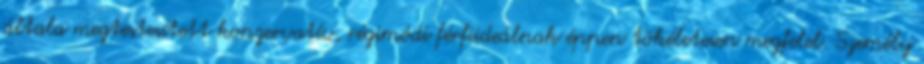
általa megtestesített konzervatív, régimódi férfiideálnak éppen tökéletesen megfelel. Személy